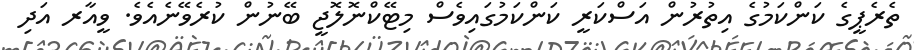
ތެރެޕީގެ ކަންކަމުގެ އިތުރުން އަސްކަރީ ކަންކަމުގައިވެސް މިޓޭކްނޮލޮޖީ ބޭނުން ކުރެވޭނެއެވެ. ވީއާރ އަދި